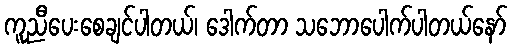
ကူညီပေးစေချင်ပါတယ်၊ ဒေါက်တာ သဘောပေါက်ပါတယ်နော်